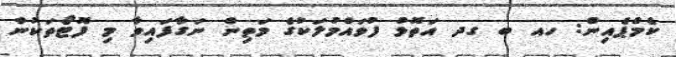
ކެމްޕެއިން: ހއ ބ ގދ އަތޮޅު ފުވައްމުލަކުގެ މަތިން ނަގާފައިވާ މި ފޮޓޯތަކުން